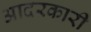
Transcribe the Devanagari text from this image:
आदरकारी